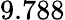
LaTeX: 9.788